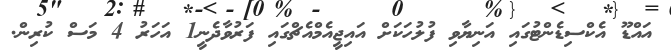
އައްޑޫ އެކްސިޑެންޓުގައި އަނިޔާވި ފުލުހަކަށް އައިޖީއެމްއެޗްގައި ފަރުވާދެނީ1 އަހަރު 4 މަސް ކުރިން.